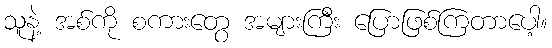
သူနဲ့ အစ်ကို စကားတွေ အများကြီး ပြောဖြစ်ကြတာပေါ့။